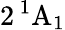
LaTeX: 2\, ^{1}\mathrm{A}_{1}